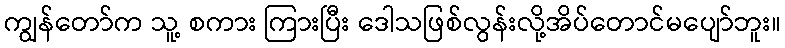
ကျွန်တော်က သူ့ စကား ကြားပြီး ဒေါသဖြစ်လွန်းလို့အိပ်တောင်မပျော်ဘူး။